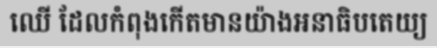
ឈើ ដែលកំពុងកើតមានយ៉ាងអនាធិបតេយ្យ